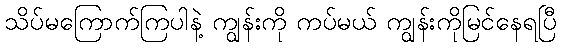
သိပ်မကြောက်ကြပါနဲ့ ကျွန်းကို ကပ်မယ် ကျွန်းကိုမြင်နေရပြီ